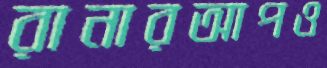
রানারআপও